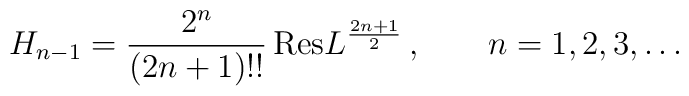
H_{n-1}=\frac{2^{n}}{(2n+1)!!}\, \hbox{Res}L^{\frac{2n+1}{2}}\,,\qquad n=1,2,3,\dots